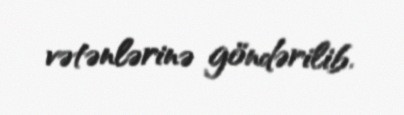
vətənlərinə göndərilib.